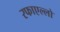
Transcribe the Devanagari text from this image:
रफाएल्लो